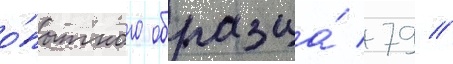
о́пытного образца́ 79 //